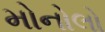
મોનોલો